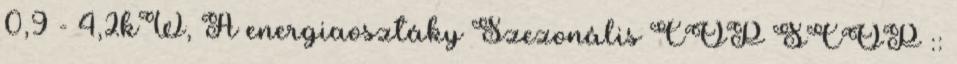
0,9 - 4,2kW, A energiaosztáky Szezonális COP SCOP ::